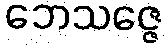
ဘေသဇ္ဇေ